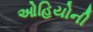
ઓહિયોની